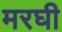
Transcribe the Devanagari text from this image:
मरघी